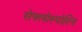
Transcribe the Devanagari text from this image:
सेफ्लोस्पोरिन